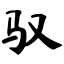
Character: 驭